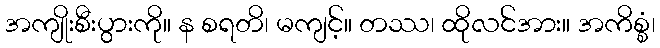
အကျိုးစီးပွားကို။ န စရတိ၊ မကျင့်။ တဿ၊ ထိုလင်အား။ အကိစ္စံ၊